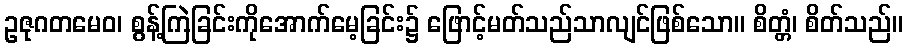
ဥဇုဂတမေဝ၊ စွန့်ကြဲခြင်းကိုအောက်မေ့ခြင်း၌ ဖြောင့်မတ်သည်သာလျင်ဖြစ်သော။ စိတ္တံ၊ စိတ်သည်။